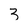
Character: 3